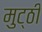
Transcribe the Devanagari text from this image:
मुट्‌ठी